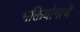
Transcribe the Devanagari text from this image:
भक्तियोगाचे